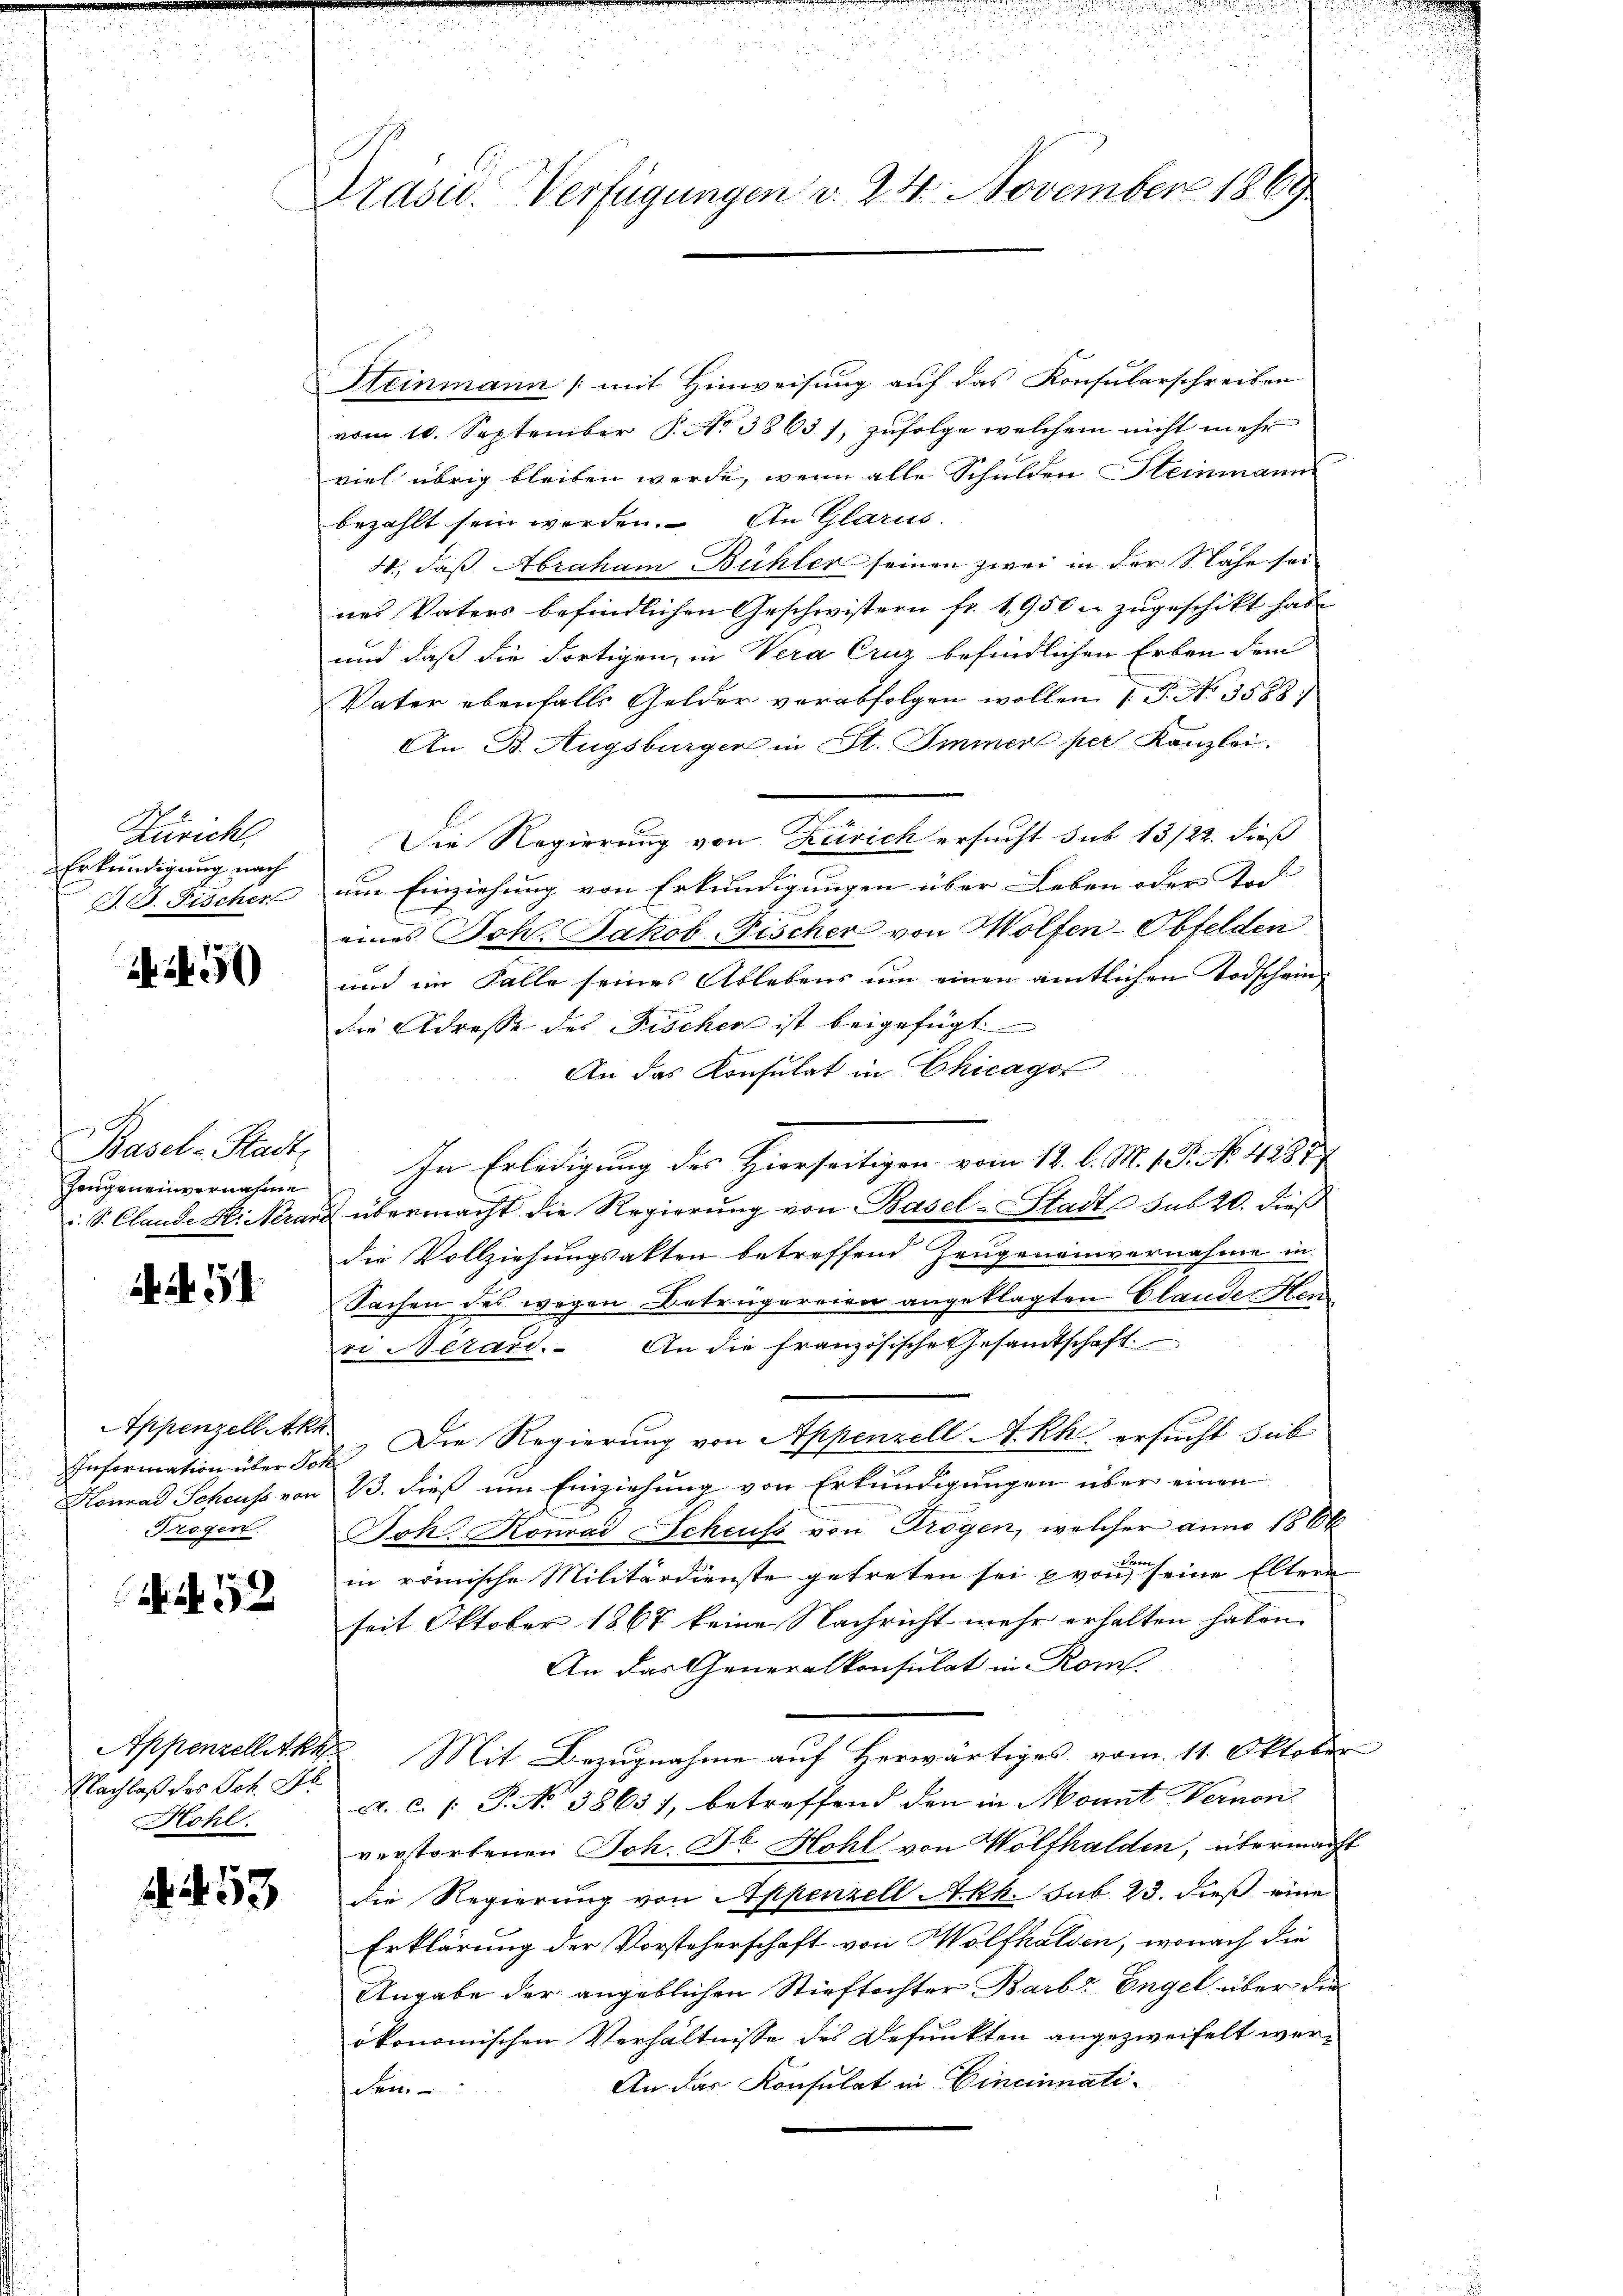
Züricht.
Erkundigung nach
J. J. Fischer

245

Basel-Stadt,
Zeugeneinvernahme

N 51

Information über Joh
Trogen.

Art. 58

Nachlaß des Pot. Al
Hohl.

A 253

Präsid. Verfügungen v. 24. November 1869

Steinmann (mit Hinweisung auf das Konsularschreiben
vom 10. September 1. No 38631, zufolge welchem nicht mehr
viel übrig bleiben werde, wenn alle Schulden Steinmann
bezahlt sein werden. An Glarus.
2., daß Abraham Bühler seinen zwei in der Nähe sei
nes Vaters befindlichen Geschwistern fr. 1950 u. zugeschikt habe
und daß die dortigen in Vera Cruz befindlichen Erben dem
Vater ebenfalls Gelder verabfolgen wollen 1 P. Nr. 3588:
An B. Augsburger in St. Immer per Kanzlei.
Die Regierung von Zürich ersucht sub 13/22. dieß
um Einziehung von Erkundigungen über Leben oder Tod
eines Joh. Jakob Fischer von Holfen-Obfelden
und im Falle seines Ablebens um einen amtlichen Todscheindie Adresse des Fischen ist beigefügt.
An das Konsulat in Chicagot
In Erledigung des Hierseitigen vom 12. l. M. 18. No. 4384
i. S. Clande H. Nerand übermacht die Regierung von Basel-Stadts sub 20. dieß
die Vollziehungsakten betreffend Zeugeneinvernahme in
Sachen des wegen Betrügereien angeklagten Claude Hen
ri Nerar. An die französische Gesandtschaft
Appenzellett. Die Regierung von Appenzell A.Rh. ersucht sub
Konrad Scheuss von 13. dieß um Einziehung von Erkundigungen über einen
Johl, Konrad Scheuss von Trogen, welcher anno 15 Ok
in römische Militärdienste getreten sei von seine Eltern
seit Oktober 1867 keine Nachricht mehr erhalten haben.
An das Generalkonsulat in Rom.
Appenzelletkk Mit Bezugnahme auf Herwärtiges vom 11. Oktober
F. C. [ P. No 3865), betreffend den in Monat Vervon
verstorbenen Joh. Dr. Hohl von Wolfhalden, übermacht
die Regierung von Appenzell Akk. sub. 23. dieß eine
Erklärung der Vorsteherschaft von Wolfhalden, wonach die
Angabe der angeblichen Stieftochter Barb. Engel über die
ökonomischen Verhältnisse des Defunkten angezweifelt wer¬
An das Konsulat in Cincinnatiden.

n